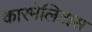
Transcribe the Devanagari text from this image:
कारमेलिटास